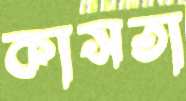
কাসতা